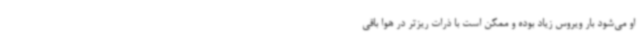
او می‌شود بار ویروس زیاد بوده و ممکن است با ذرات ریزتر در هوا باقی